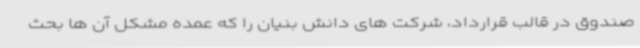
صندوق در قالب قرارداد، شرکت های دانش بنیان را که عمده مشکل آن ها بحث